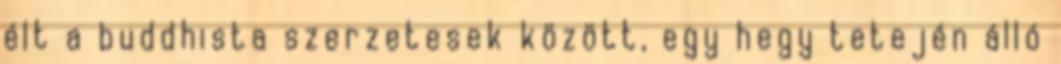
élt a buddhista szerzetesek között, egy hegy tetején álló